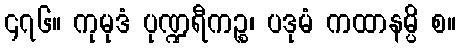
၄၇၆။ ကုမုဒံ ပုဏ္ဍရီကဉ္စ၊ ပဒုမံ ကထာနမ္ပိ စ။